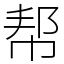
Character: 帮